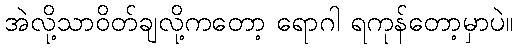
အဲလို့သာဝိတ်ချလို့ကတော့ ရောဂါ ရကုန်တော့မှာပဲ။